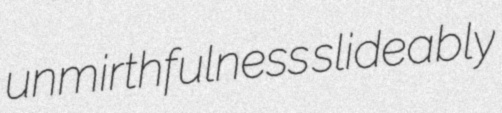
unmirthfulness slideably